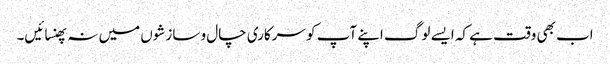
اب بھی وقت ہے کہ ایسے لوگ اپنے آپ کو سرکاری چال و سازشوں میں نہ پھنسائیں۔